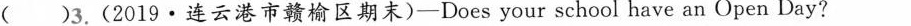
( )3.(2019·连云港市赣榆区期末)-Does your school have an Open Day?